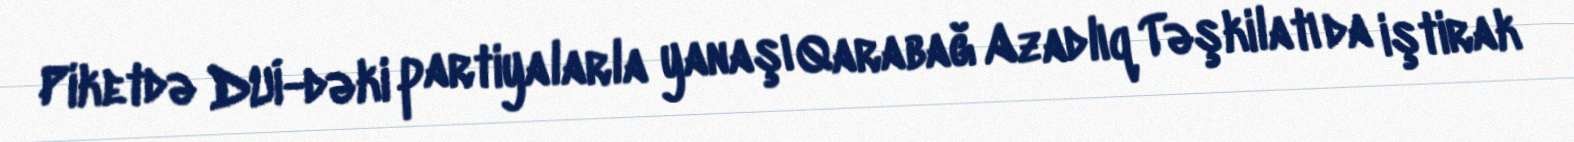
Piketdə DUİ-dəki partiyalarla yanaşı Qarabağ Azadlıq Təşkilatı da iştirak